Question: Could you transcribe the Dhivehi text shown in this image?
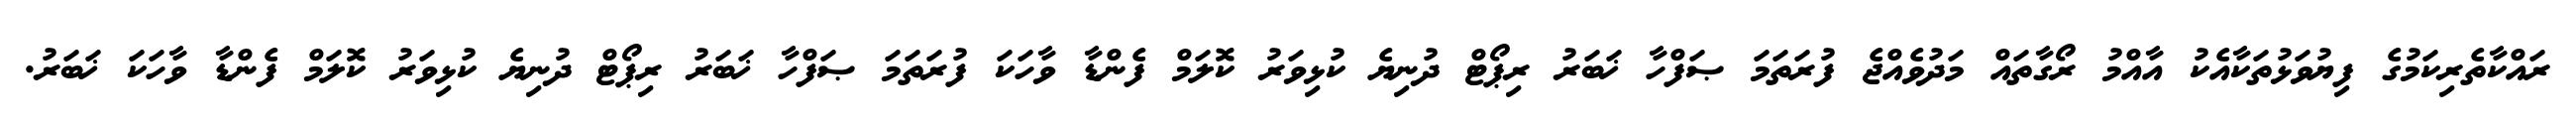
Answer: ރައްކާތެރިކަމުގެ ފިޔުވަޅުތަކާއެކު އާއްމު ރޯގާތައް މަދުވެއްޖެ ފުރަތަމަ ޞަފްހާ ޚަބަރު ރިޕޯޓް ދުނިޔެ ކުޅިވަރު ކޮލަމް ފެންޑާ ވާހަކަ ފުރަތަމަ ޞަފްހާ ޚަބަރު ރިޕޯޓް ދުނިޔެ ކުޅިވަރު ކޮލަމް ފެންޑާ ވާހަކަ ޚަބަރު.